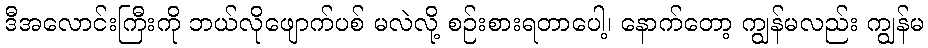
ဒီအလောင်းကြီးကို ဘယ်လိုဖျောက်ပစ် မလဲလို့ စဉ်းစားရတာပေါ့၊ နောက်တော့ ကျွန်မလည်း ကျွန်မ